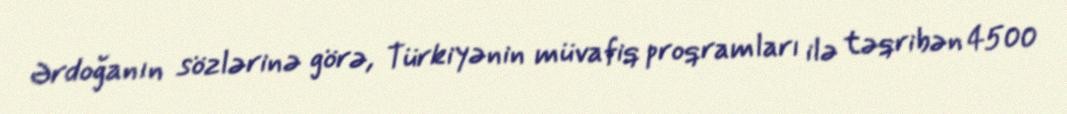
Ərdoğanın sözlərinə görə, Türkiyənin müvafiq proqramları ilə təqribən 4500